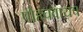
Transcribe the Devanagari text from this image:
पोहचवायच